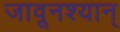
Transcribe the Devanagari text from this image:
जावूनश्यान्